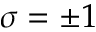
\sigma = \pm 1